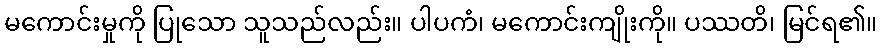
မကောင်းမှုကို ပြုသော သူသည်လည်း။ ပါပကံ၊ မကောင်းကျိုးကို။ ပဿတိ၊ မြင်ရ၏။